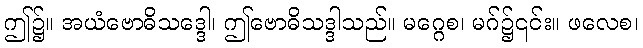
ဤ၌။ အယံဗောဓိသဒ္ဒေါ၊ ဤဗောဓိသဒ္ဒါသည်။ မဂ္ဂေစ၊ မဂ်၌၎င်း။ ဖလေစ၊